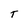
Character: T